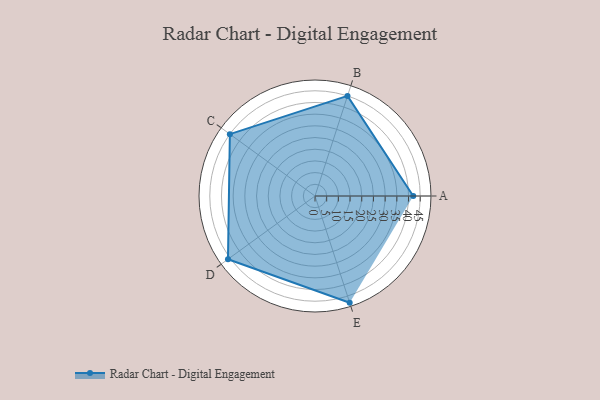
{"axis": {"x": "Skill", "y": "Score"}, "legend": ["Profile"], "data": [{"x": "A", "y": 42.0, "type": "Profile"}, {"x": "B", "y": 45.0, "type": "Profile"}, {"x": "C", "y": 45.0, "type": "Profile"}, {"x": "D", "y": 46.0, "type": "Profile"}, {"x": "E", "y": 48.0, "type": "Profile"}]}